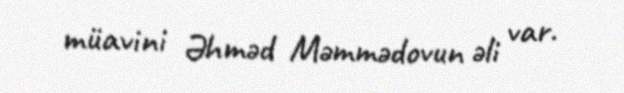
müavini Əhməd Məmmədovun əli var.